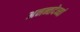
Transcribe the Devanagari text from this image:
अनन्तदेव्यां